Report on sanitation, dispensaries, and jails in Rajputana for 1909, and on vaccination for the year 1909-1910 - 1909-1910
Year: 1909
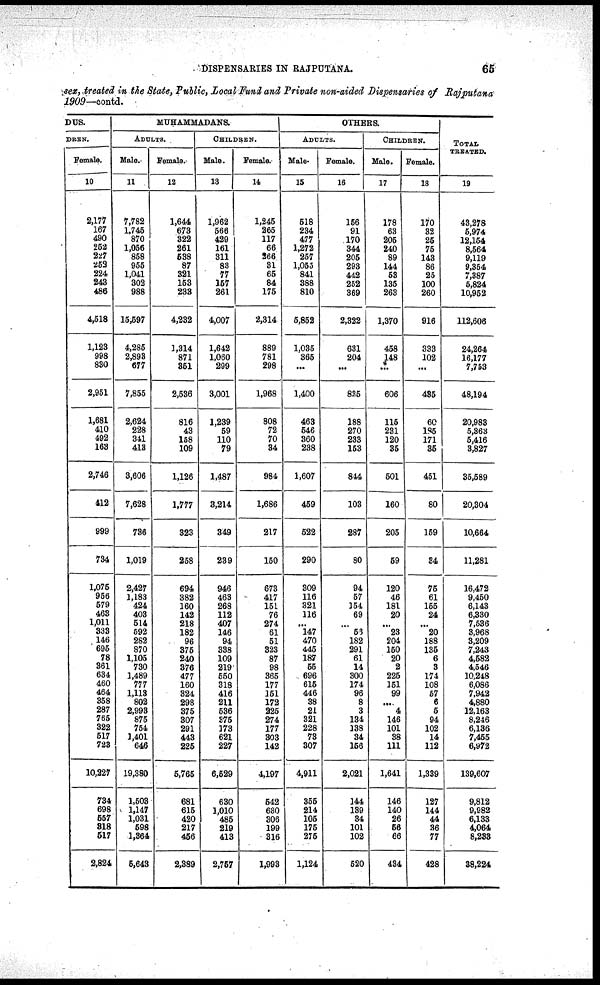
DISPENSARIES IN RAJPUTANA.
65
sex, treated in the State, Public, Local Fund and Private non-aided Dispensaries of Rajputana
1909—contd.
DUS.
DRAN.
Female.
10
2,177
167
490
252
227
253
224
243
486
4,518
1,123
998
830
2,951
1,681
410
492
163
2,746
412
999
734
1,075
956
679
463
1,011
333
146
695
78
361
634
460
464
358
287
765
322
617
723
10,227
734
698
557
318
517
2,824
MUHAMMADANS.
ADULTS.
Male.
11
7,782
1,745
870
1,056
858
955
1,041
302
988
15,597
4,285
2,893
677
7,865
2,624
228
341
413
3,606
7,628
736
1,019
2,427
1,183
424
403
514
592
282
870
1,105
730
1,489
777
1,113
802
2,993
876
754
1,401
646
19,380
1,503
1,147
1,031
598
1,364
6,643
Female.
12
1,644
673
322
261
538
87
321
153
233
4,232
1,314
871
351
2,536
816
43
158
109
1,126
1,777
323
258
694
382
160
142
218
182
96
375
240
376
477
160
324
298
375
307
291
443
225
5,765
681
615
420
217
456
2,389
CHILDREN.
Male.
13
1,962
566
429
161
311
83
77
157
261
4,007
1,642
1,060
299
3,001
1,239
59
110
79
1,487
3,214
349
239
946
463
268
112
407
146
94
338
109
219
550
318
416
211
536
375
173
621
227
6,529
630
1,010
485
219
413
2,757
Female.
14
1,245
265
117
66
266
31
65
84
175
2,314
889
781
298
1,968
808
72
70
34
984
1,686
217
150
673
417
151
76
274
61
51
323
87
98
365
177
151
172
225
274
177
303
142
4,197
542
630
306
199
316
1,993
OTHERS.
ADULTS.
Male.
15
518
234
477
1,272
257
1,055
841
388
810
5,852
1,035
365
...
1,400
463
546
360
238
1,607
459
522
290
309
116
321
116
...
147
470
445
187
55
696
615
446
38
21
321
228
73
307
4,911
355
214
105
175
275
1,124
Female.
16
156
91
170
344
205
293
442
252
369
2,322
631
204
...
835
188
270
233
153
844
103
287
80
94
57
154
69
...
56
182
291
61
14
300
174
96
8
3
134
138
34
166
2,021
144
139
34
101
102
520
CHILDREN.
Male.
17
178
63
206
240
89
144
53
135
263
1,370
458
148
...
606
115
231
120
35
501
160
205
59
120
46
181
20
...
23
204
150
20
2
225
151
99
...
4
146
101
38
111
1,641
146
140
26
56
66
434
Female.
18
170
32
25
75
143
86
25
100
260
916
333
102
...
435
60
185
171
35
451
80
169
34
75
61
155
24
...
20
188
135
6
3
174
108
57
6
5
94
102
14
112
1,339
127
144
44
36
77
428
TOTAL
TREATED.
19
43,278
5,974
12,154
8,564
9,119
9,354
7,387
5,824
10,952
112,606
24,264
16,177
7,753
48,194
20,983
5,363
5,416
3,827
35,589
20,304
10,664
11,281
16,472
9,450
6,143
6,330
7,536
3,968
3,209
7,243
4,582
4,546
10,248
6,086
7,942
4,880
12,163
8,246
6,136
7,455
6,972
139,607
9,812
9,982
6,133
4,064
8,233
38,224